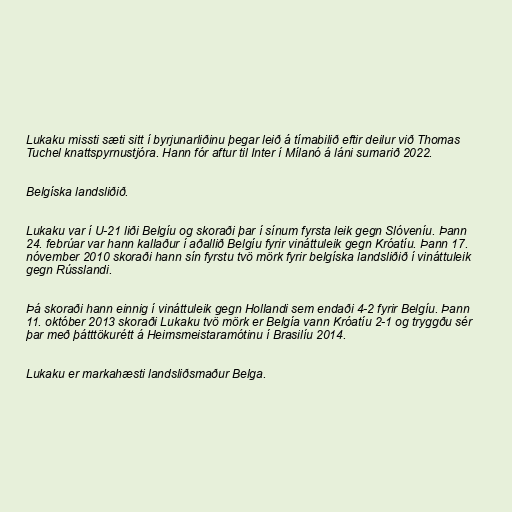
Lukaku missti sæti sitt í byrjunarliðinu þegar leið á tímabilið eftir deilur við Thomas
Tuchel knattspyrnustjóra. Hann fór aftur til Inter í Mílanó á láni sumarið 2022.

Belgíska landsliðið.

Lukaku var í U-21 liði Belgíu og skoraði þar í sínum fyrsta leik gegn Slóveníu. Þann
24. febrúar var hann kallaður í aðallið Belgíu fyrir vináttuleik gegn Króatíu. Þann 17.
nóvember 2010 skoraði hann sín fyrstu tvö mörk fyrir belgíska landsliðið í vináttuleik
gegn Rússlandi.

Þá skoraði hann einnig í vináttuleik gegn Hollandi sem endaði 4-2 fyrir Belgíu. Þann
11. október 2013 skoraði Lukaku tvö mörk er Belgía vann Króatíu 2-1 og tryggðu sér
þar með þátttökurétt á Heimsmeistaramótinu í Brasilíu 2014.

Lukaku er markahæsti landsliðsmaður Belga.